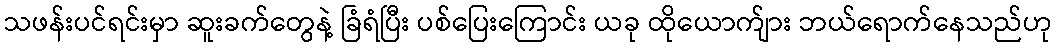
သဖန်းပင်ရင်းမှာ ဆူးခက်တွေနဲ့ ခြံရံပြီး ပစ်ပြေးကြောင်း ယခု ထိုယောက်ျား ဘယ်ရောက်နေသည်ဟု